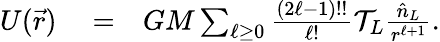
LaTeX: \begin{array}{rlr}{U(\vec{r})}&{{}=}&{GM\sum_{\ell\geq 0}\frac{(2\ell-1)!!}{\ell!}{\cal T}_{L}\frac{\hat{n}_{L}}{r^{\ell+1}}.}\end{array}